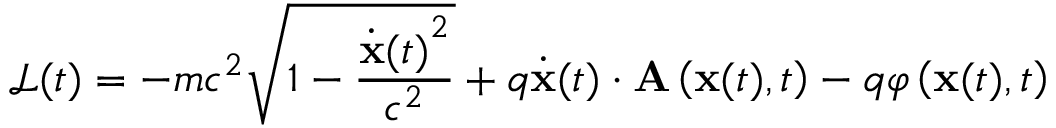
{ \mathcal { L } } ( t ) = - m c ^ { 2 } { \sqrt { 1 - { \frac { { { \dot { \mathbf { x } } } ( t ) } ^ { 2 } } { c ^ { 2 } } } } } + q { \dot { \mathbf { x } } } ( t ) \cdot \mathbf { A } \left( \mathbf { x } ( t ) , t \right) - q \varphi \left( \mathbf { x } ( t ) , t \right)